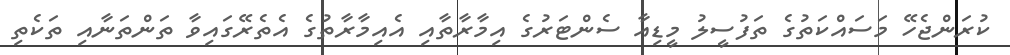
ކުރަންޖެހޭ މަސައްކަތުގެ ތަފުސީލު މީޑިއާ ސެންޓަރުގެ އިމާރާތާއި އެއިމާރާތުގެ އެތެރޭގައިވާ ތަންތަނާއި ތަކެތި